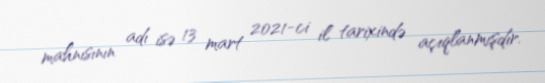
mahnısının adı isə 13 mart 2021-ci il tarixində açıqlanmışdır.